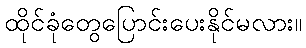
ထိုင်ခုံတွေပြောင်းပေးနိုင်မလား။